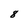
Character: 8